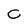
Character: c